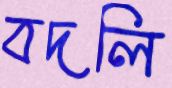
বদলি